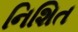
નિશિત